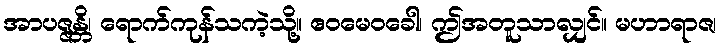
အာပဇ္ဇန္တိ၊ ရောက်ကုန်သကဲ့သို့။ ဧဝမေဝခေါ၊ ဤအတူသာလျှင်။ မဟာရာဇ၊